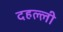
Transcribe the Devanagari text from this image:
दहल्ली